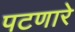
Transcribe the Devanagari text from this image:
पटणारे